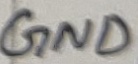
Text: GND